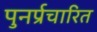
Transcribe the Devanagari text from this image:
पुनर्प्रचारित